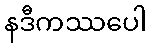
နဒီကဿပေါ